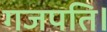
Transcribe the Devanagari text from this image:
गजपति।